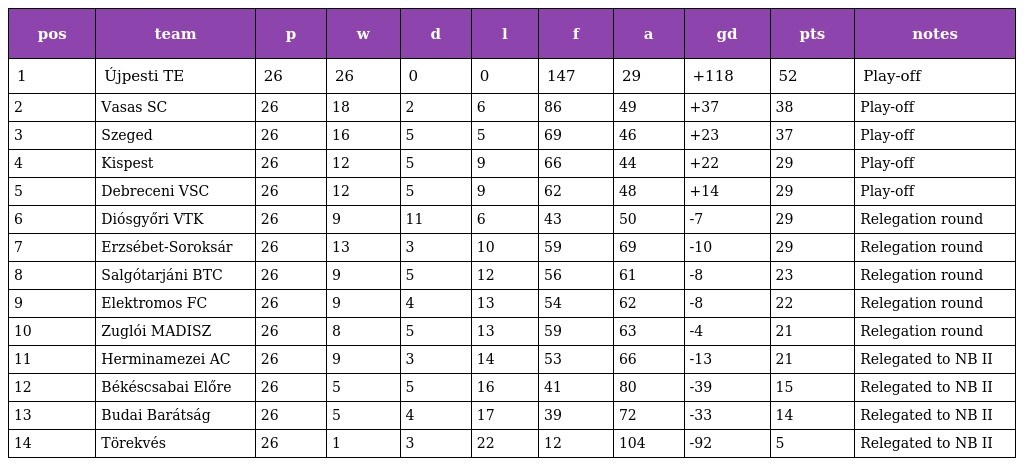
| pos | team | p | w | d | l | f | a | gd | pts | notes |
 | --- | --- | --- | --- | --- | --- | --- | --- | --- | --- | --- |
 | 1 | Újpesti TE | 26 | 26 | 0 | 0 | 147 | 29 | +118 | 52 | Play-off |
 | 2 | Vasas SC | 26 | 18 | 2 | 6 | 86 | 49 | +37 | 38 | Play-off |
 | 3 | Szeged | 26 | 16 | 5 | 5 | 69 | 46 | +23 | 37 | Play-off |
 | 4 | Kispest | 26 | 12 | 5 | 9 | 66 | 44 | +22 | 29 | Play-off |
 | 5 | Debreceni VSC | 26 | 12 | 5 | 9 | 62 | 48 | +14 | 29 | Play-off |
 | 6 | Diósgyőri VTK | 26 | 9 | 11 | 6 | 43 | 50 | -7 | 29 | Relegation round |
 | 7 | Erzsébet-Soroksár | 26 | 13 | 3 | 10 | 59 | 69 | -10 | 29 | Relegation round |
 | 8 | Salgótarjáni BTC | 26 | 9 | 5 | 12 | 56 | 61 | -8 | 23 | Relegation round |
 | 9 | Elektromos FC | 26 | 9 | 4 | 13 | 54 | 62 | -8 | 22 | Relegation round |
 | 10 | Zuglói MADISZ | 26 | 8 | 5 | 13 | 59 | 63 | -4 | 21 | Relegation round |
 | 11 | Herminamezei AC | 26 | 9 | 3 | 14 | 53 | 66 | -13 | 21 | Relegated to NB II |
 | 12 | Békéscsabai Előre | 26 | 5 | 5 | 16 | 41 | 80 | -39 | 15 | Relegated to NB II |
 | 13 | Budai Barátság | 26 | 5 | 4 | 17 | 39 | 72 | -33 | 14 | Relegated to NB II |
 | 14 | Törekvés | 26 | 1 | 3 | 22 | 12 | 104 | -92 | 5 | Relegated to NB II |